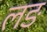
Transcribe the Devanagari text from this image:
लङ